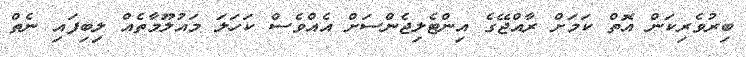
ބިރުވެރިކަން އޮތް ކަމަށް ރާއްޖޭގެ އިންޓެލިޖެންސަށް އެއްވެސް ކަހަލަ މައުލޫމާތެއް ލިބިފައި ނެތް